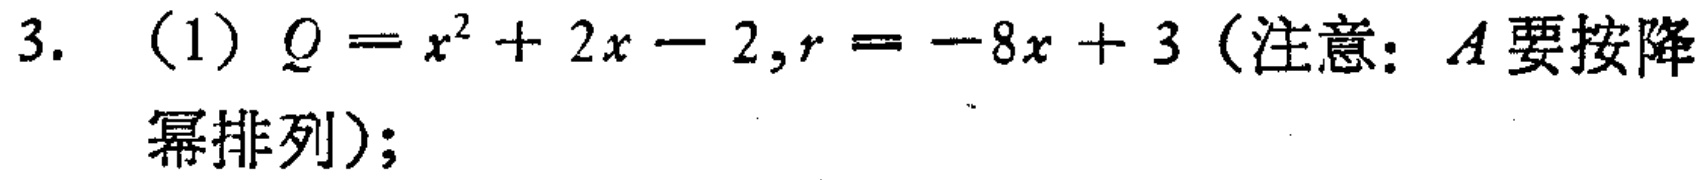
3. （1）$Q = x^{2}+2x - 2,r=-8x + 3$（注意：$A$要按降幂排列）;